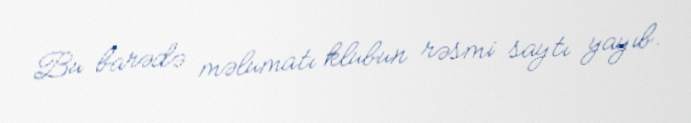
Bu barədə məlumatı klubun rəsmi saytı yayıb.